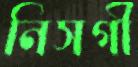
নিসর্গী